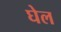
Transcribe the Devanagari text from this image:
घेल